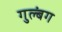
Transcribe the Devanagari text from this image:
गुल्बंग